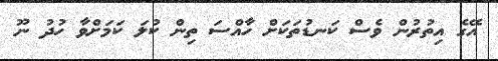
އޭގެ އިތުރުން ވެސް ކަނޑުތަކަށް ހާއްސަ ތިން ކުލަ ކަމަށްވާ ހުދު ނޫ